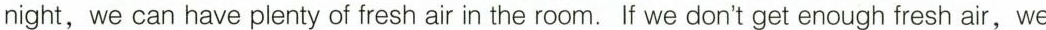
night, we can have plenty of fresh air in the room. If we don't get enough fresh air, we